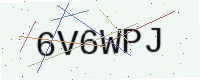
Text: 6V6WPJ